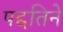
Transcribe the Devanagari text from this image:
पद्दतिने